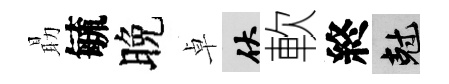
朂毓晚卓伏軟終剋